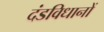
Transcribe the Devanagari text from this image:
दंडविधानों